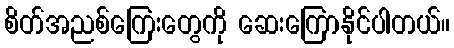
စိတ်အညစ်ကြေးတွေကို ဆေးကြောနိုင်ပါတယ်။